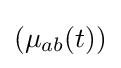
(\mu _{ab}(t))